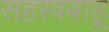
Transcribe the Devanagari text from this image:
सहस्त्रबाहू